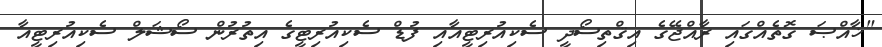
"ޚާއްޞަ ގޮތެއްގައި ރާއްޖޭގެ އިޤްތިސޯދީ ސެކިއުރިޓީއާއި ފުޑް ސެކިއުރިޓީގެ އިތުރުން ސޯޝަލް ސެކިއުރިޓީއާ